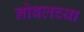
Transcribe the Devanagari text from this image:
नोबलच्या